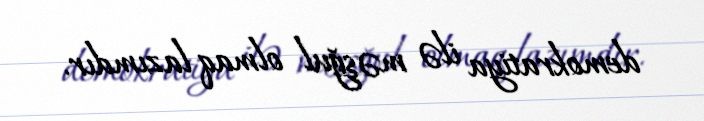
demokratiya ilə məşğul olmaq lazımdır.